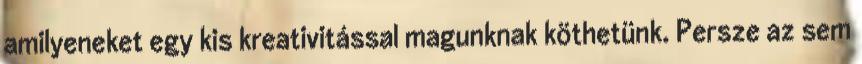
amilyeneket egy kis kreativitással magunknak köthetünk. Persze az sem